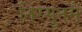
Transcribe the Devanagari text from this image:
निरगुनमैं